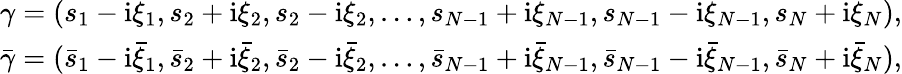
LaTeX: \begin{array}{r}{\gamma=(s_{1}-\mathrm{i}\xi_{1},s_{2}+\mathrm{i}\xi_{2},s_{2}-\mathrm{i}\xi_{2},\dots,s_{N-1}+\mathrm{i}\xi_{N-1},s_{N-1}-\mathrm{i}\xi_{N-1},s_{N}+\mathrm{i}\xi_{N}),}\\ {\bar{\gamma}=(\bar{s}_{1}-\mathrm{i}\bar{\xi}_{1},\bar{s}_{2}+\mathrm{i}\bar{\xi}_{2},\bar{s}_{2}-\mathrm{i}\bar{\xi}_{2},\dots,\bar{s}_{N-1}+\mathrm{i}\bar{\xi}_{N-1},\bar{s}_{N-1}-\mathrm{i}\bar{\xi}_{N-1},\bar{s}_{N}+\mathrm{i}\bar{\xi}_{N}),}\end{array}